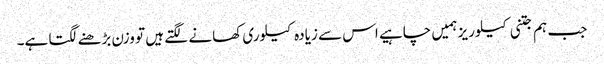
جب ہم جتنی کیلوریز ہمیں چاہیے اس سے زیادہ کیلوری کھانے لگتے ہیں تو وزن بڑھنے لگتا ہے۔